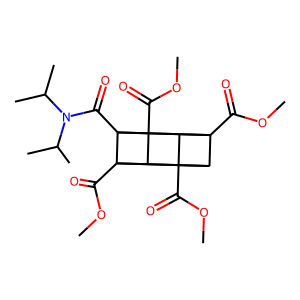
SMILES: COC(=O)C12C3C4(C(=O)OC)C1C1(C(=O)OC)C2C3(C(=O)OC)C41C(=O)N(C(C)C)C(C)C
Inhibits HIV replication: No